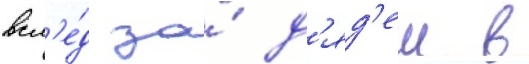
всл'е́д за́ д'яд'еи в